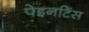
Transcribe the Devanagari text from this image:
पेइनटिंस